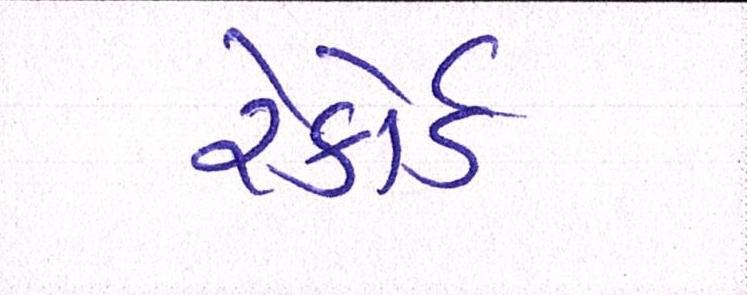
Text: રેકોર્ડ